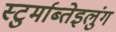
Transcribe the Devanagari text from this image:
स्टुर्माब्तेइलुंग